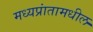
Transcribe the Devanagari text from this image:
मध्यप्रांतामधील